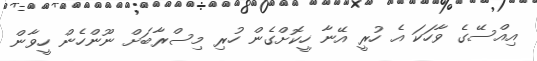
އިއްސޭގެ ވާހަކަ އެ ހުރީ އޭނާ ހީކޮށްގެން ހުރި މިސްރާބަށް ނޫންހެން ހީވާން